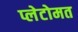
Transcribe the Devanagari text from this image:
प्लेटोमत